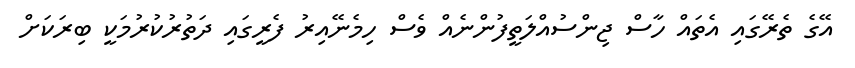
އޭގެ ތެރޭގައި އެތައް ހާސް ޖިންސުއްލަތީފުންނެއް ވެސް ހިމެނޭއިރު ފެރީގައި ދަތުރުކުރުމަކީ ބިރަކަށް